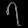
Digit: ၇